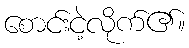
စောင်းငဲ့လိုက်၏။